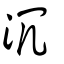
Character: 沉